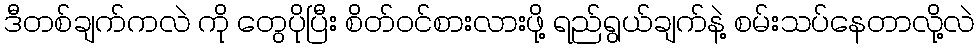
ဒီတစ်ချက်ကလဲ ကို တွေပိုပြီး စိတ်ဝင်စားလားဖို့ ရည်ရွယ်ချက်နဲ့ စမ်းသပ်နေတာလို့လဲ